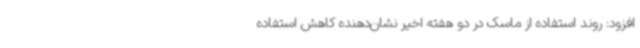
افزود: روند استفاده از ماسک در دو هفته اخیر نشان‌دهنده کاهش استفاده